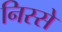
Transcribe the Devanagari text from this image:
निस्से